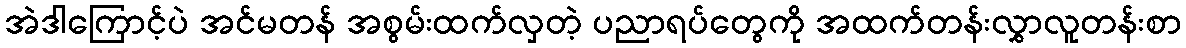
အဲဒါကြောင့်ပဲ အင်မတန် အစွမ်းထက်လှတဲ့ ပညာရပ်တွေကို အထက်တန်းလွှာလူတန်းစာ